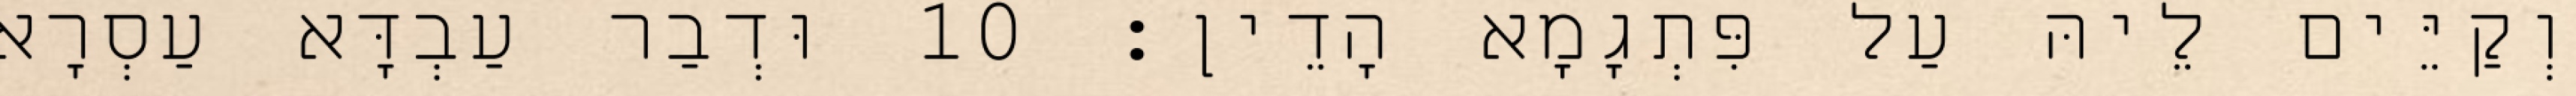
וְקַיֵּים לֵיהּ עַל פִּתְגָמָא הָדֵין׃ 10 וּדְבַר עַבְדָּא עַסְרָא